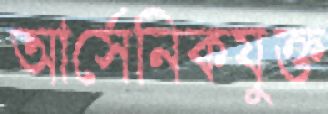
আর্সেনিকযুক্ত